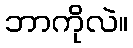
ဘာကိုလဲ။